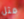
مثل